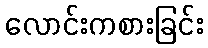
လောင်းကစားခြင်း